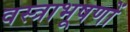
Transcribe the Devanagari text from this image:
वस्‍त्राभूषणों